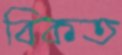
বিকত